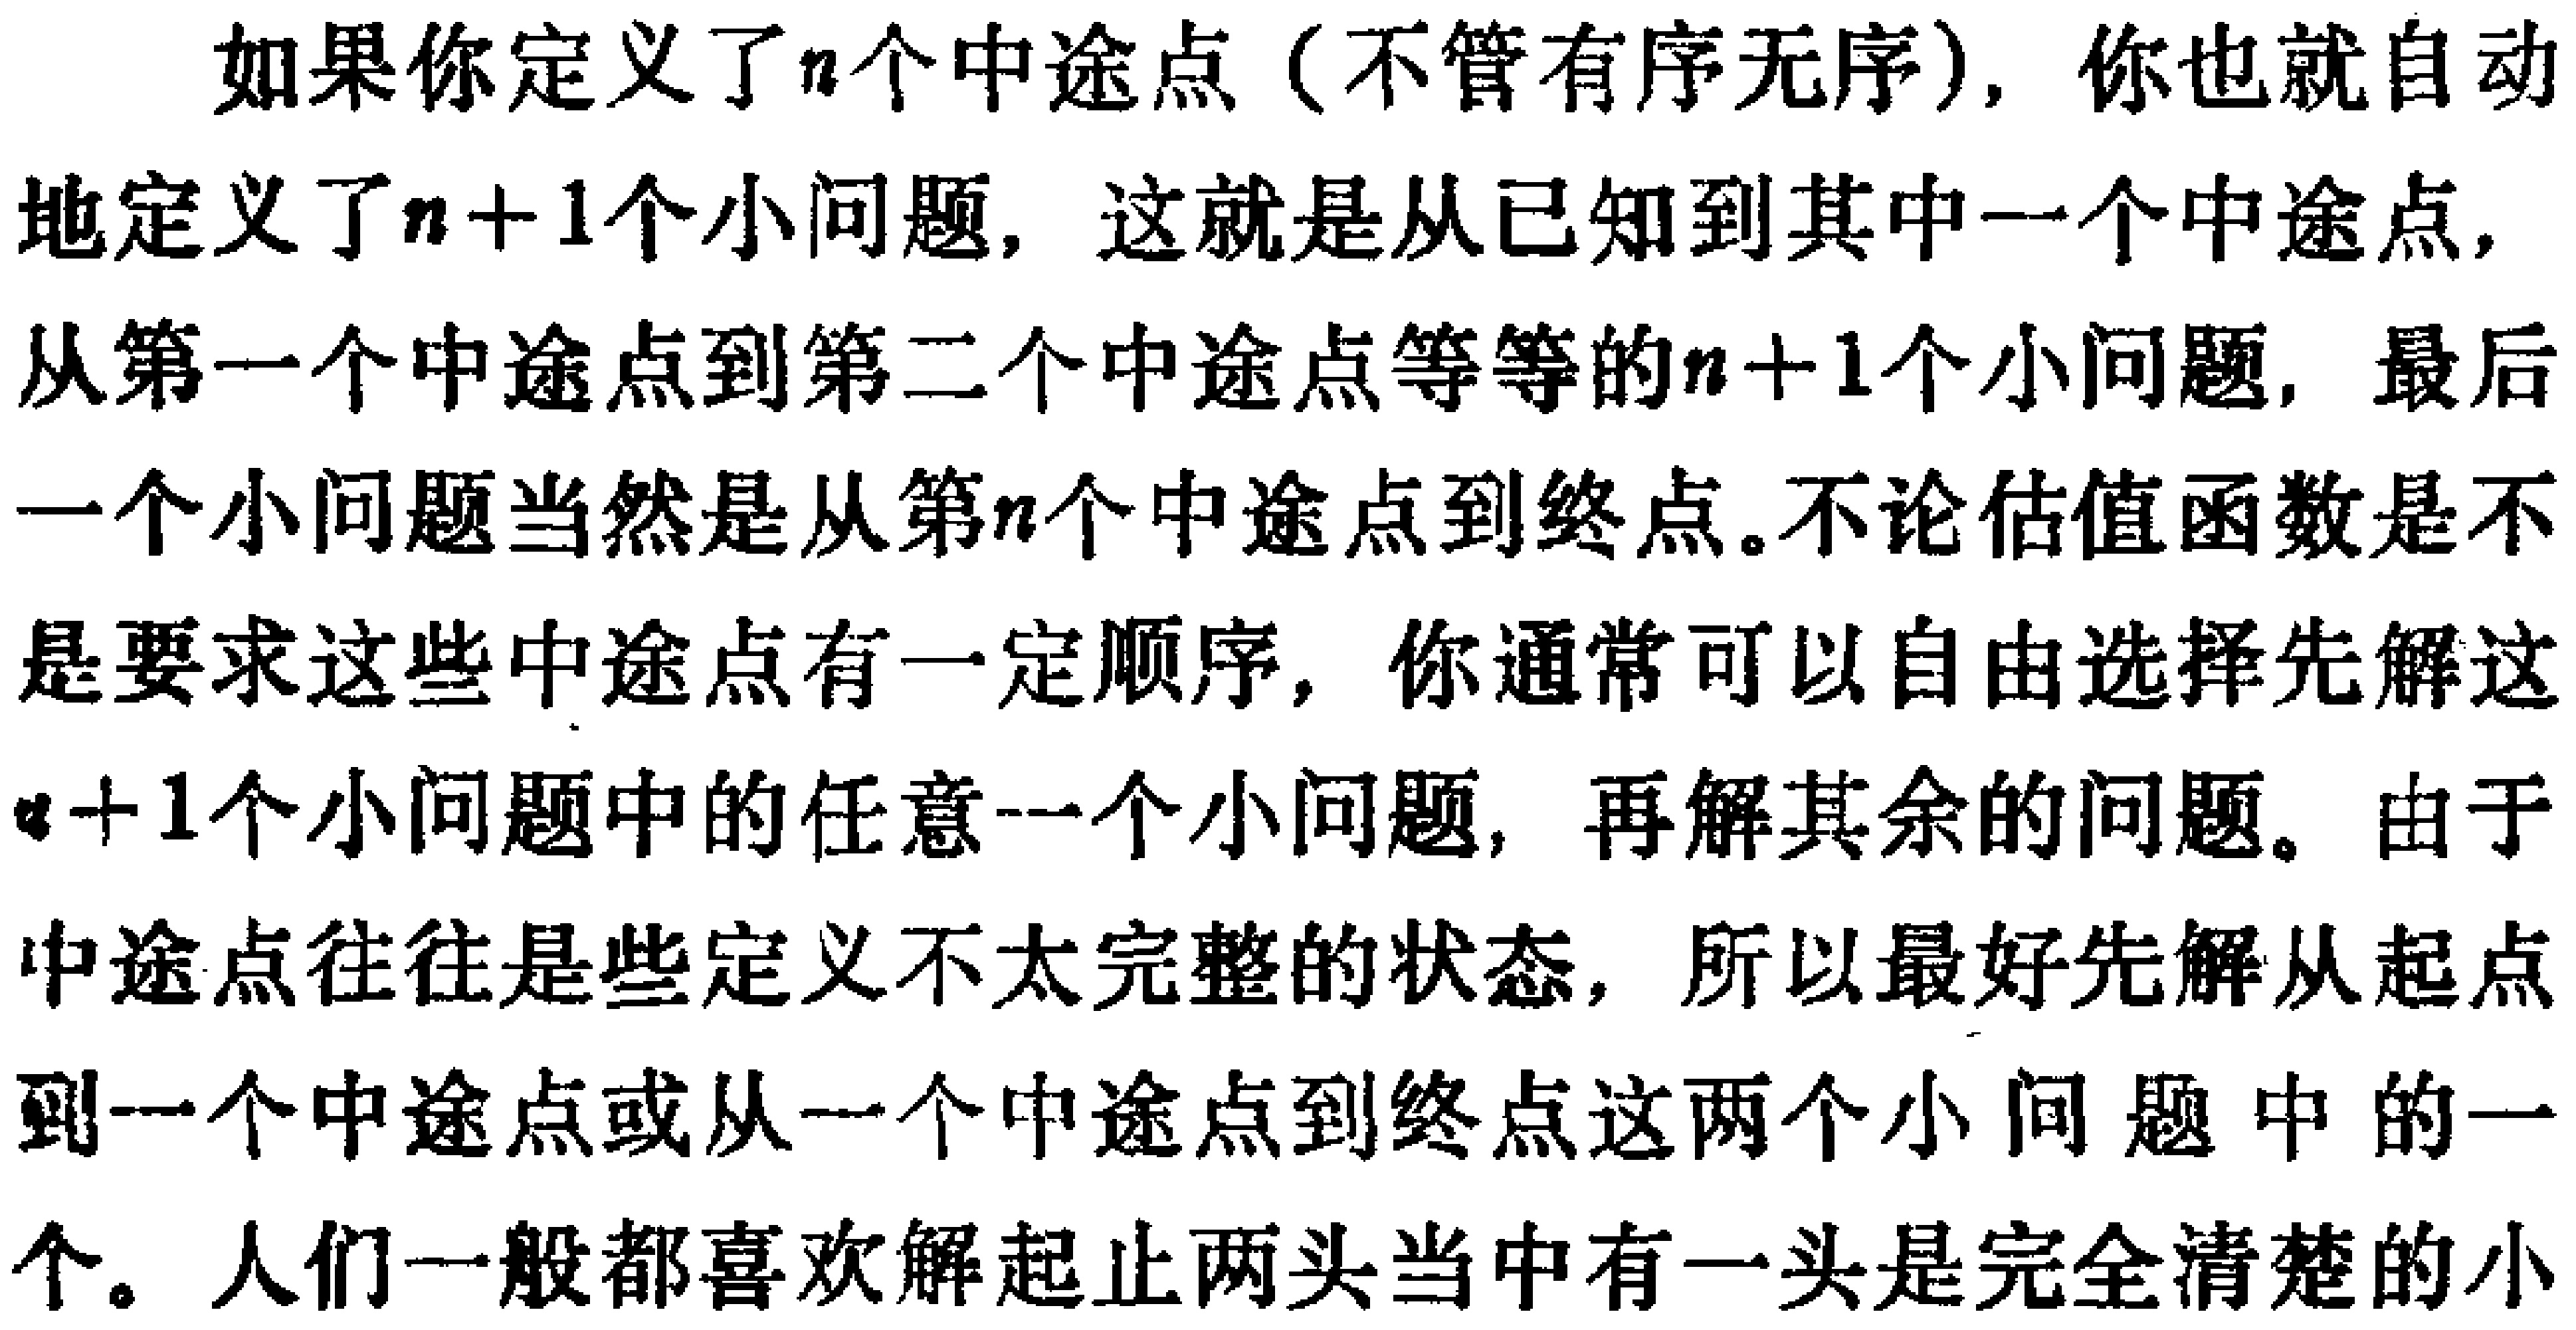
如果你定义了\(n\)个中途点（不管有序无序），你也就自动地定义了\(n + 1\)个小问题，这就是从已知到其中一个中途点，从第一个中途点到第二个中途点等等的\(n + 1\)个小问题，最后一个小问题当然是从第\(n\)个中途点到终点。不论估值函数是不是要求这些中途点有一定顺序，你通常可以自由选择先解这\(n + 1\)个小问题中的任意一个小问题，再解其余的问题。由于中途点往往是些定义不太完整的状态，所以最好先解从起点到一个中途点或从一个中途点到终点这两个小问题中的一个。人们一般都喜欢解起止两头当中有一头是完全清楚的小